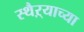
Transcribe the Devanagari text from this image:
स्थैऱ्याच्या